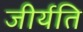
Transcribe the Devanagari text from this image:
जीर्यति